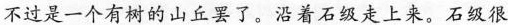
不过是一个有树的山丘罢了。沿着石级走上来。石级很